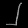
Digit: ၂